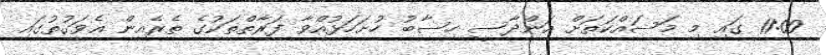
11:00 ގައި މި މަސައްކަތަށް އަންދާސީ ހިސާބު ހުށަހަޅުއްވާ ފަރާތްތަކުގެ ތެރެއިން އެވަގުތުގައި